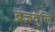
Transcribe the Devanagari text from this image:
ब्रजवुलि